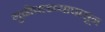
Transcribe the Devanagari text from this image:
गुढीपाडव्यापासून